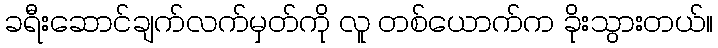
ခရီးဆောင်ချက်လက်မှတ်ကို လူ တစ်ယောက်က ခိုးသွားတယ်။